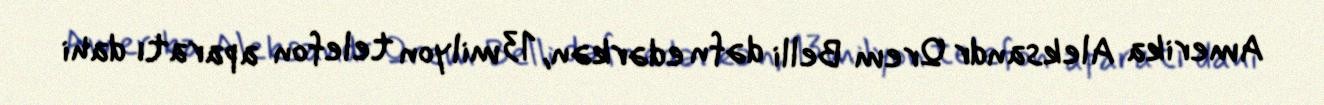
Amerika Aleksandr Qrem Belli dəfn edərkən, 13 milyon telefon aparatı dahi